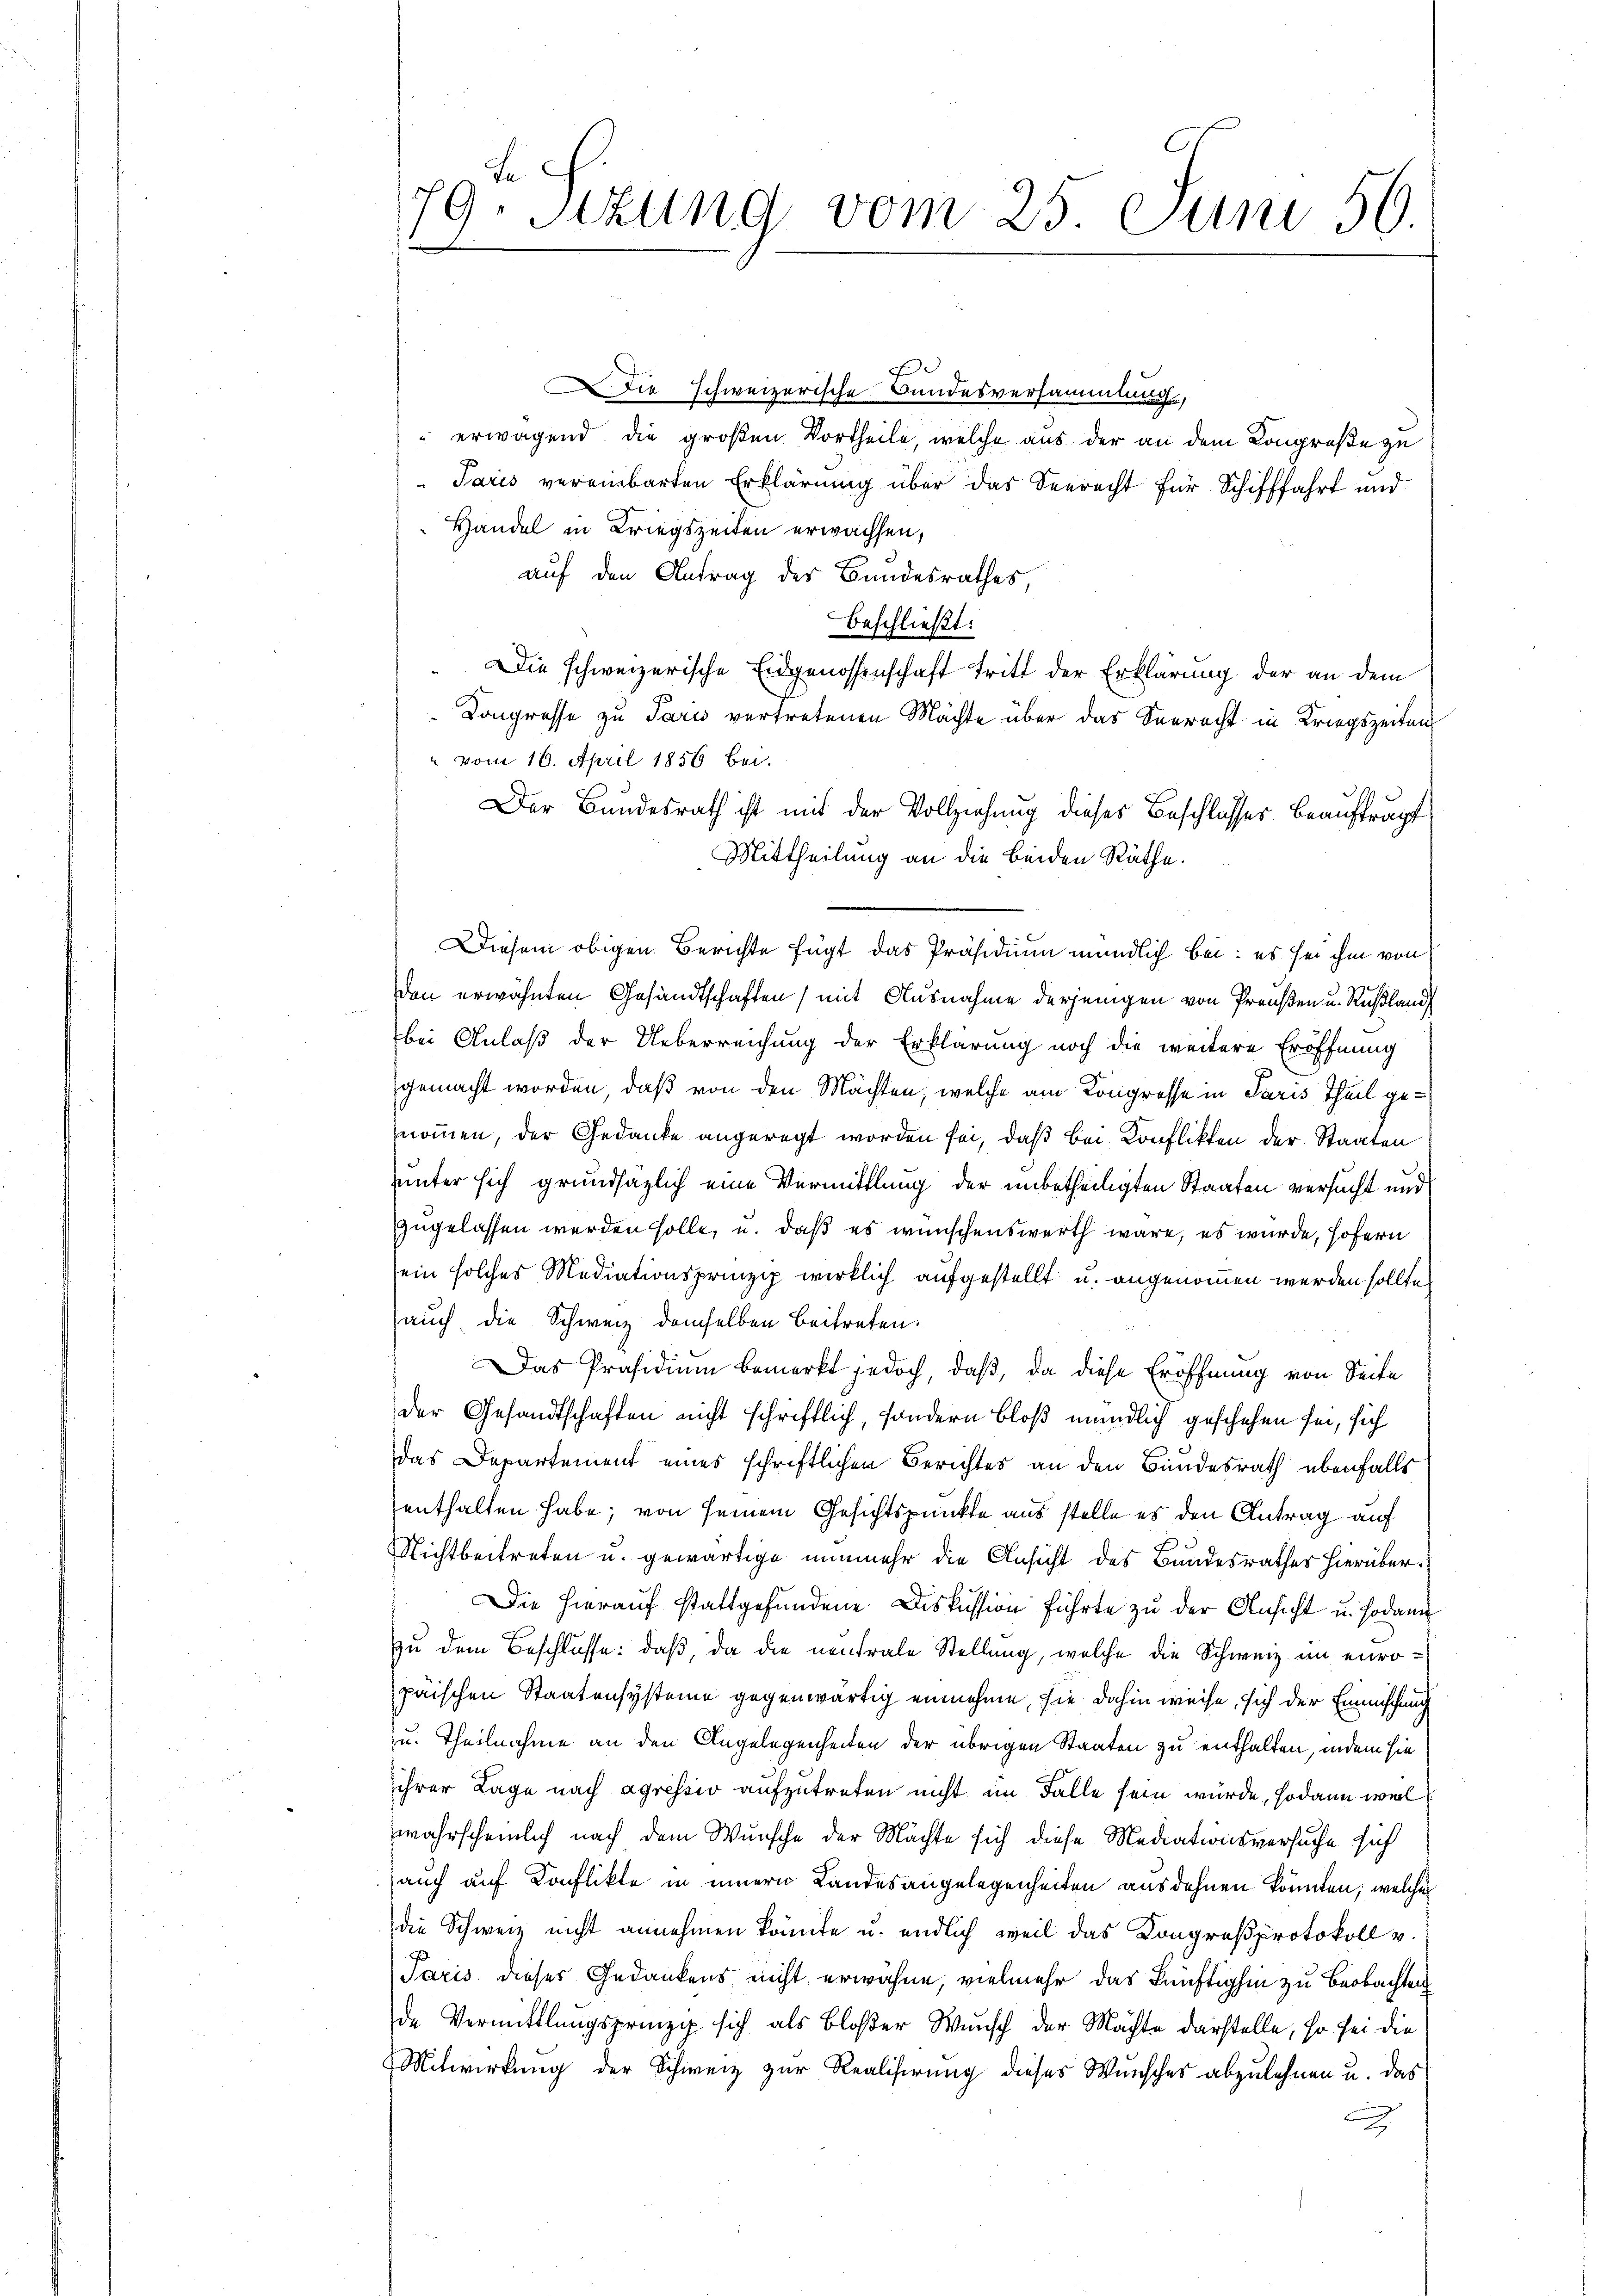
Fe
79. Sizung vom 25. Juni 56.

e
Die schweizerische Bandesversammlung,
“ erwagend die großen Vortheile, welche aus der an dem Congroße zu
Paris vereinbarten Erklärung über das Seerecht für Schifffahrt und
Handel in Kriegszeiten erwachsen,
auf den Antrag der Bandesrathes,
beschließt:
" Die schweizerische Eidgenossenschaft tritt der Erklärung der an dem
Kongrosse zu Paris vertretenen Mächte über das Seeracht in Kriegszeiten
" vom 16. April 1856 bei.
Der Bundesrath ist mit der Vollziehung dieses Beschlusses Beauftragt
Mittheilung an die beiden Räthe.
Diesem obigen Berichte fügt das Präsidium mündlich bei: es sei ihm von
den erwähnten Gesandtschaften) mit Ausnahme derjenigen von Preußen u. Rußland
g
bei Anlaß der Ueberreichung der Erklärung noch die weitere Eröffnung
gemacht worden, daß von den Mächten, welche am Kongresse in Paris Theil genommen, der Gedanke angeregt worden sei, daß bei Konflikten der Staaten
unter sich grundsazlich eine Vermittlung der unbetheiligten Staaten versucht und
zugelassen werden solle, u. daß es wünschenswerth wäre, es wurde, Hofern
ein solches Mediationsprinzip wirklich aufgestellt u. angenommen werden sollte,
auch die Schweiz demselben Beitreten.
Das Präsidium bemerkt jedoch, daß, da diese Eröffnung von Seite
der Gesandtschaften nicht schriftlich, sondern bloß mündlich geschehen sei, sich
das Departement eines schriftlichen Berichtes an den Bundesrath ebenfalls
enthalten habe; von seinem Gesichtspunkte aus stelle es den Antrag auf
Nichtbeitreten u. gewärtige nunmehr die Ansicht des Bundesrathes hierüber¬
Die hierauf stattgefundene Diskussion führte zu der Ansicht u. sodann
zu dem Beschlusse: daß, da die neutrale Stellung, welche die Schweiz im europäischen Staatensysteme gegenwärtig einnehme, sie dahin weise, sich der Einmischung
zu. Theilnahme an den Angelegenheiten der übrigen Staaten zu enthalten, indem sie
ihrer Lage nach agressiv aufzutreten nicht im Falle sein würde, sodann weil
wahrscheinlich nach dem Wunsche der Mächte sich diese Mediationsversuche sich
auch auf Konflikte in innern Landesangelegenheiten ausdehnen könnten, welches
die Schweiz nicht annehmen könnte u. endlich weil das Kongreßprotokoll v.
Paris dieses Gedankens nicht erwähne, vielmehr das künftighin zu Beobachten
de Vermittlungsprinzip sich als bloßer Wunsch der Machte darstelle, so sei die
Mitwirkung der Schweiz zur Realisirung dieses Wunsches abzulehnen u. das
x